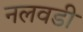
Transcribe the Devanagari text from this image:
नलवडी